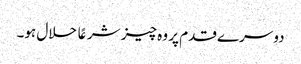
دوسرے قدم پر وہ چیز شرعًا حلال ہو۔